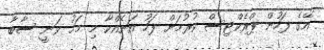
އޭގެ ފަހުން ޕްރެކްޓިސް ކުރުމަށް ފަހު އަނެއްކާ މި މަހު ވަނީ ސާބާ